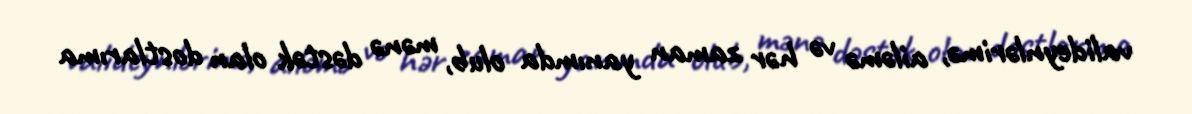
valideynlərimə, ailəmə və hər zaman yanımda olub, mənə dəstək olan dostlarıma